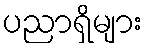
ပညာရှိများ